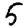
Digit: 5